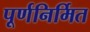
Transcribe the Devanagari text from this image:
पूर्णनिर्मित